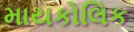
માયકોલિક